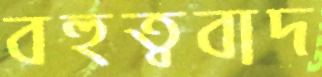
বহুত্ববাদ